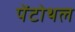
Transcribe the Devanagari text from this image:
पेंटोथल